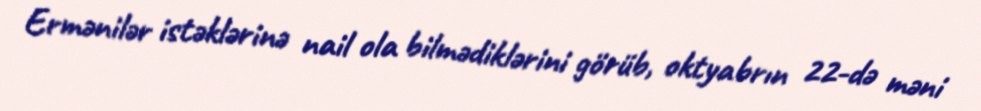
Ermənilər istəklərinə nail ola bilmədiklərini görüb, oktyabrın 22-də məni